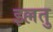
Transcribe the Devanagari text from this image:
इल्लतु